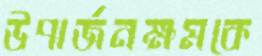
উপার্জনক্ষমকে